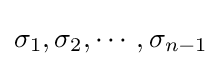
\sigma _{1},\sigma _{2},\cdots ,\sigma _{n-1}